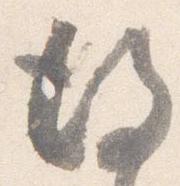
後